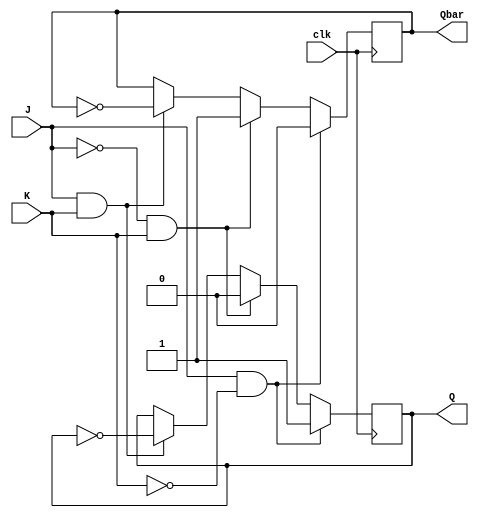
module jk_flipflop (
  input wire clk,
  input wire J,
  input wire K,
  output reg Q,
  output reg Qbar
);

always @(negedge clk) begin
  if (J && !K) begin
    Q <= 1'b1;
    Qbar <= 1'b0;
  end else if (!J && K) begin
    Q <= 1'b0;
    Qbar <= 1'b1;
  end else if (J && K) begin
    Q <= ~Q;
    Qbar <= ~Qbar;
  end
end

endmodule